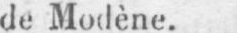
de Modène.